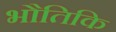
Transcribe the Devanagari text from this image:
भौतिकि